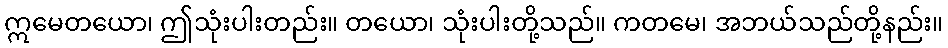
ဣမေတယော၊ ဤသုံးပါးတည်း။ တယော၊ သုံးပါးတို့သည်။ ကတမေ၊ အဘယ်သည်တို့နည်း။